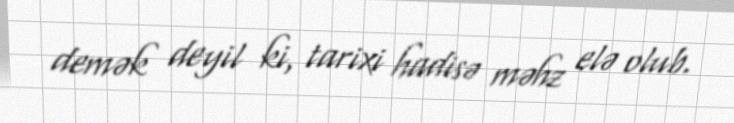
demək deyil ki, tarixi hadisə məhz elə olub.